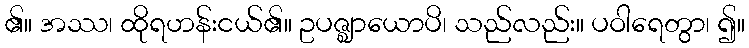
၏။ အဿ၊ ထိုရဟန်းငယ်၏။ ဥပဇ္ဈာယောပိ၊ သည်လည်း။ ပဝါရေတွာ၊ ၍။